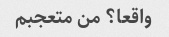
واقعا؟ من متعجبم